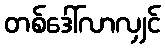
တစ်ဒေါ်လာလျှင်